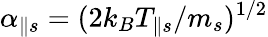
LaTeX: \alpha_{\parallel s}=(2k_{B}T_{\parallel s}/m_{s})^{1/2}